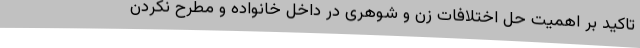
تاکید بر اهمیت حل اختلافات زن‌ و شوهری در داخل خانواده و مطرح نکردن